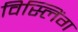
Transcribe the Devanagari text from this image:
विस्लिंग